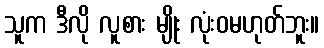
သူက ဒီလို လူစား မျိုး လုံးဝမဟုတ်ဘူး။